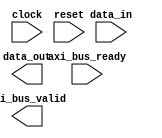
module axi_bus_controller (
    input wire clock,
    input wire reset,
    input wire axi_bus_ready,
    input wire [7:0] data_in,
    output wire [7:0] data_out,
    output wire axi_bus_valid
);

// Timing control and synchronization logic here

endmodule